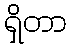
ရှိတာ